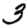
Digit: 3